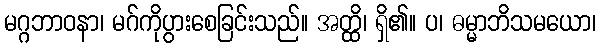
မဂ္ဂဘာဝနာ၊ မဂ်ကိုပွားစေခြင်းသည်။ အတ္ထိ၊ ရှိ၏။ ပ၊ ဓမ္မာဘိသမယော၊